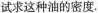
试求这种油的密度。